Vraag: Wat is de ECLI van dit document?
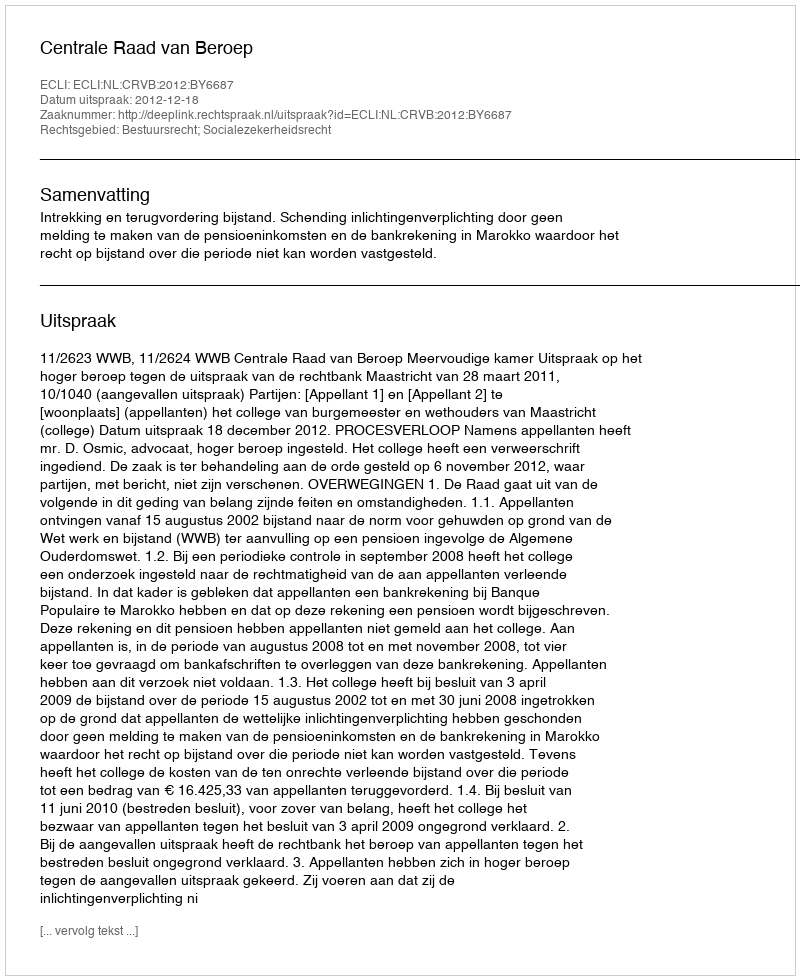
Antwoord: ECLI:NL:CRVB:2012:BY6687